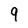
Character: 9